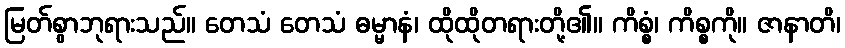
မြတ်စွာဘုရားသည်။ တေသံ တေသံ ဓမ္မာနံ၊ ထိုထိုတရားတို့၏။ ကိစ္စံ၊ ကိစ္စကို။ ဇာနာတိ၊